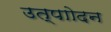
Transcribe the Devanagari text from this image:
उत्पाोदन